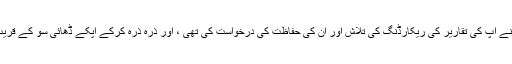
حضرت کی زندگی ہی میں اس ناچیز نے آپ کی تقاریر کی ریکارڈنگ کی تلاش اور ان کی حفاظت کی درخواست کی تھی ، اور ذرہ ذرہ کرکے آپکے ڈھائی سو کے قریب خطبات کے کیسٹ جمع کئے تھے ۔